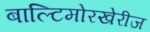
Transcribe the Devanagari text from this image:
बाल्टिमोरखेरीज